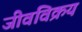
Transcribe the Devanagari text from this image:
जीवविक्रय